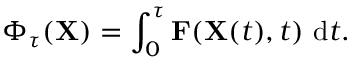
\Phi _ { \tau } ( \mathbf { X } ) = \int _ { 0 } ^ { \tau } \mathbf { F } ( \mathbf { X } ( t ) , t ) \ \mathrm { d } t .